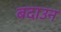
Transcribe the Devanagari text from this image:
बदाउन